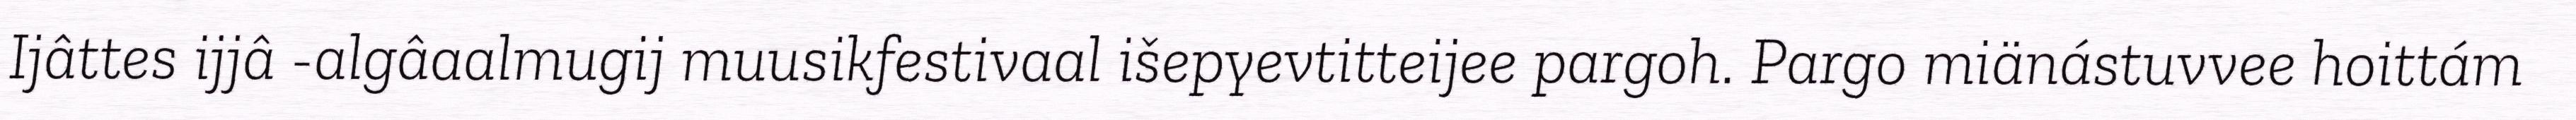
Ijâttes ijjâ -algâaalmugij muusikfestivaal išepyevtitteijee pargoh. Pargo miänástuvvee hoittám